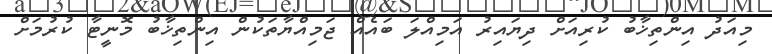
މިއަދު އިންތިޚާބު ކުރިއަށް ދިޔައިރު އަމިއްލަ ބައެއް ޖަމިއްޔާތަކުން އިންތިޚާބު މޮނީޓާ ކުރުމަށް